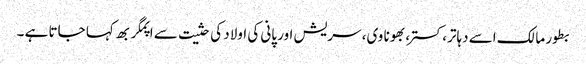
بطور مالک اسے دہاتر، کستر، بھونا وی، سریش اور پانی کی اولاد کی حثیت سے اپمگربھ کہا جاتا ہے ۔